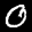
Label: 0